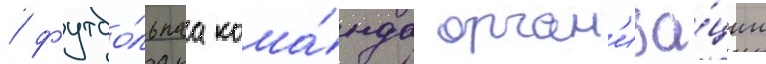
/ футбо́льнаа кома́нда орган'иза́ции